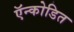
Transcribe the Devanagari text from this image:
ऍन्कोडित